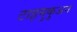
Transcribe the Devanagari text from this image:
टाइमुकुअन